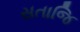
સતાજિ